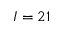
I = 2 1